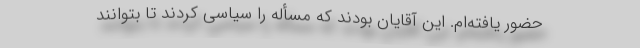
حضور یافته‌ام. این آقایان بودند که مسأله را سیاسی کردند تا بتوانند